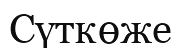
Сүткөже